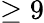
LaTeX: \geq 9